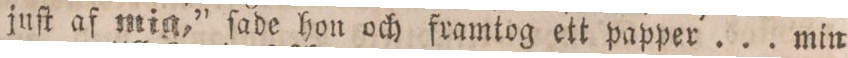
juſt af mig,” ſade hon och framtog ett papper ... min